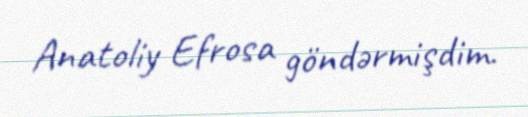
Anatoliy Efrosa göndərmişdim.